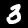
Label: 3